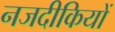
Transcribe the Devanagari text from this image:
नजदीकियों